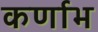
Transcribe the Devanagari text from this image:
कर्णाभ